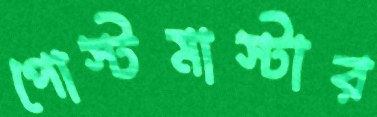
পোস্টমাস্টার